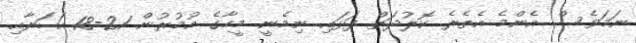
ނަމަވެސް އެންމެ އެތެރެ ކޮލުދަތް ފަޅައި ނިމެނީ މީހާގެ އުމުރުން 21-18 އަހަރާއި